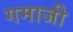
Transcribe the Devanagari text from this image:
गमाजी